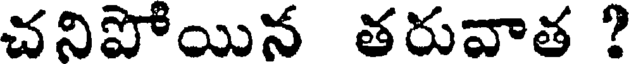
చనిపోయిన తరువాత ?